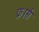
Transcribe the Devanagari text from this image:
फ्रार्स